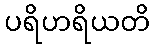
ပရိဟရိယတိ